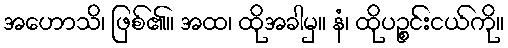
အဟောသိ၊ ဖြစ်၏။ အထ၊ ထိုအခါမှ။ နံ၊ ထိုပဉ္စင်းငယ်ကို။